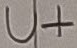
Text: U+